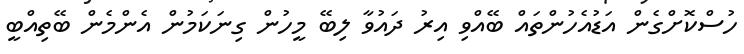
ހުސްކޮށްގެން އަޑުއެހުންތައް ބޭއްވި އިރު ދައުވާ ލިބޭ މީހުން ގިނަކަމުން އެންމެން ބޭތިއްބީ